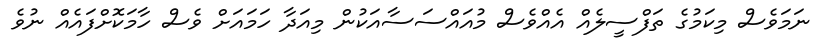
ނަމަވެސް މިކަމުގެ ތަފްސީލެއް އެއްވެސް މުއައްސަސާއަކުން މިއަދާ ހަމައަށް ވެސް ހާމަކޮށްފައެއް ނުވެ